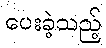
ပေးခဲ့သည့်